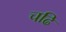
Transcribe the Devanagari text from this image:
चढि